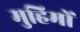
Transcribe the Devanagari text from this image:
मुहिमों